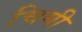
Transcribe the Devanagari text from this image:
चिमी